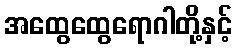
အထွေထွေရောဂါတို့နှင့်